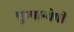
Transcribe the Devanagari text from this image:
पुष्पान्वेषी